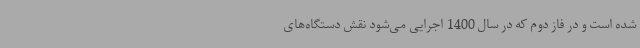
شده است و در فاز دوم که در سال 1400 اجرایی می‌شود نقش دستگاه‌های